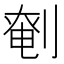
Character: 𠞒